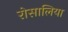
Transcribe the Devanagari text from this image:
रोसालिया